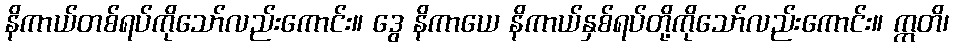
နိကာယ်တစ်ရပ်ကိုသော်လည်းကောင်း။ ဒွေ နိကာယေ နိကာယ်နှစ်ရပ်တို့ကိုသော်လည်းကောင်း။ ဣတိ၊